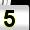
Digit: 5